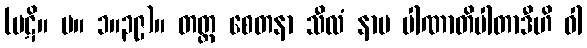
(ပဋိ။ မ။ ၁။၃၉)။ တတ္ထ စေတနာ သီလံ နာမ ပါဏာတိပါတာဒီဟိ ဝါ